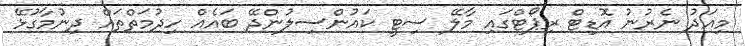
މިއަދު ނެރުނު އޮޑިޓް ރިޕޯޓްގައި މާލޭ ސިޓީ ކައުންސިލުންދޭ ބައެއް ހިދުމަތްތައް ދިނުމާގުޅޭ